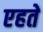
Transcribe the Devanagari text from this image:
एहते